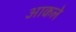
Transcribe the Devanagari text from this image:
आकले